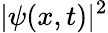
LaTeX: |\psi(x,t)|^{2}